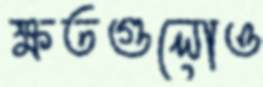
ক্ষতগুলোও